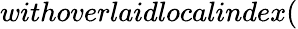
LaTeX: withoverlaidlocalindex(